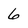
Character: 6